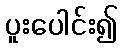
ပူးပေါင်း၍